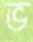
ভ